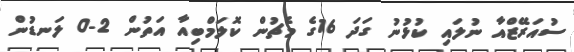
ސުއަރޭޒްއާ ނުލައި ކުޅުނު ގަދަ 16ގެ މެޗުން ކޮލަމްބިއާ އަތުން 2-0 ލަނޑުން